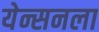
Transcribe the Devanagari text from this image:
येन्सनला